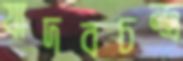
যাদবচন্দ্র